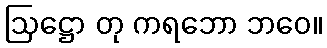
ဩဋ္ဌော တု ကရဘော ဘဝေ။